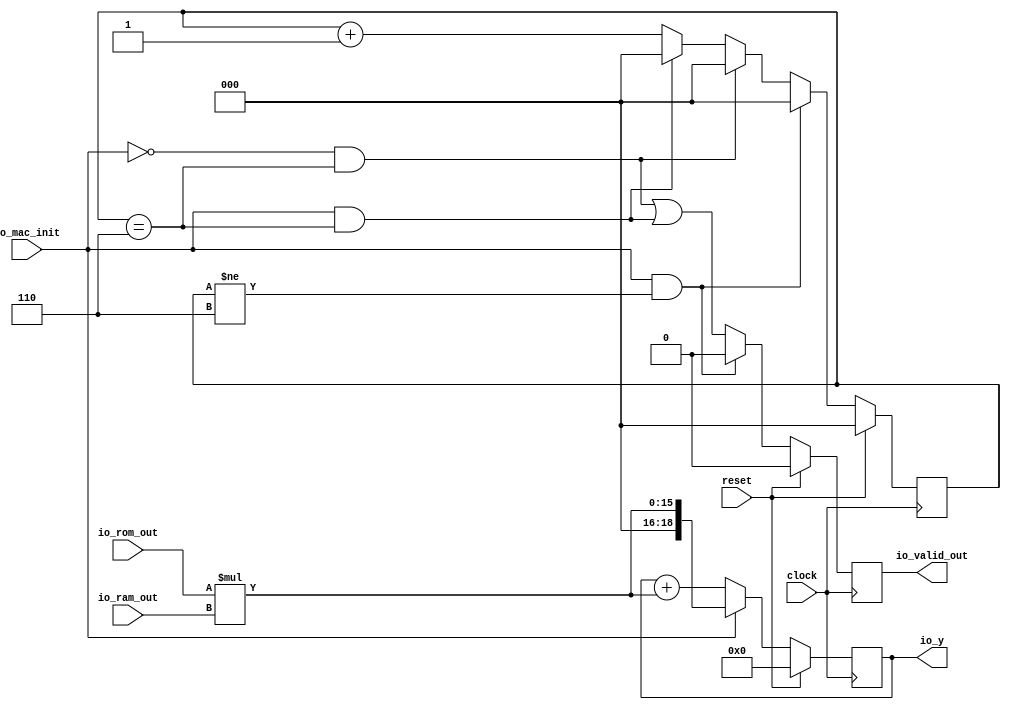
module mac(
  input         clock,
  input         reset,
  input         io_mac_init,
  input  [7:0]  io_rom_out,
  input  [7:0]  io_ram_out,
  output [18:0] io_y,
  output        io_valid_out
);
  reg [2:0] counter; // @[mac.scala 16:24]
  reg [18:0] yt; // @[mac.scala 18:19]
  reg  valid_outt; // @[mac.scala 19:27]
  wire [15:0] _yt_T = io_rom_out * io_ram_out; // @[mac.scala 22:60]
  wire [18:0] _yt_T_1 = {3'h0,_yt_T}; // @[Cat.scala 33:92]
  wire [18:0] _GEN_7 = {{3'd0}, _yt_T}; // @[mac.scala 23:24]
  wire [18:0] _yt_T_4 = yt + _GEN_7; // @[mac.scala 23:24]
  wire  _T_5 = counter == 3'h6; // @[mac.scala 26:45]
  wire  _T_9 = io_mac_init & _T_5; // @[mac.scala 27:34]
  wire [2:0] _counter_T_1 = counter + 3'h1; // @[mac.scala 28:35]
  wire  _GEN_4 = ~io_mac_init & counter == 3'h6 | _T_9; // @[mac.scala 26:{54,83}]
  assign io_y = yt; // @[mac.scala 20:8]
  assign io_valid_out = valid_outt; // @[mac.scala 21:16]
  always @(posedge clock) begin
    if (reset) begin // @[mac.scala 16:24]
      counter <= 3'h0; // @[mac.scala 16:24]
    end else if (io_mac_init & counter != 3'h6) begin // @[mac.scala 25:49]
      counter <= 3'h0; // @[mac.scala 25:59]
    end else if (~io_mac_init & counter == 3'h6) begin // @[mac.scala 26:54]
      counter <= 3'h0; // @[mac.scala 26:64]
    end else if (io_mac_init & _T_5) begin // @[mac.scala 27:54]
      counter <= 3'h0; // @[mac.scala 27:64]
    end else begin
      counter <= _counter_T_1; // @[mac.scala 28:24]
    end
    if (reset) begin // @[mac.scala 18:19]
      yt <= 19'h0; // @[mac.scala 18:19]
    end else if (io_mac_init) begin // @[mac.scala 22:30]
      yt <= _yt_T_1; // @[mac.scala 22:34]
    end else begin
      yt <= _yt_T_4; // @[mac.scala 23:18]
    end
    if (reset) begin // @[mac.scala 19:27]
      valid_outt <= 1'h0; // @[mac.scala 19:27]
    end else if (io_mac_init & counter != 3'h6) begin // @[mac.scala 25:49]
      valid_outt <= 1'h0; // @[mac.scala 25:78]
    end else begin
      valid_outt <= _GEN_4;
    end
  end
endmodule
module control(
  input        clock,
  input        reset,
  input        io_valid_in,
  output [2:0] io_rom_address,
  output [2:0] io_ram_address,
  output       io_mac_init,
  output       io_we,
  output       io_en
);
  reg [2:0] counter; // @[control.scala 17:24]
  reg  ent; // @[control.scala 19:20]
  reg  wet; // @[control.scala 20:20]
  reg  mac_initt; // @[control.scala 21:26]
  reg [2:0] rom_addresst; // @[control.scala 22:29]
  reg [2:0] ram_addresst; // @[control.scala 23:29]
  wire  _T = counter == 3'h0; // @[control.scala 31:16]
  wire [2:0] _counter_T_1 = counter + 3'h1; // @[control.scala 37:24]
  wire  _GEN_0 = counter != 3'h0 | ent; // @[control.scala 19:20 42:31 43:9]
  wire  _GEN_1 = counter != 3'h0 | wet; // @[control.scala 20:20 42:31 44:9]
  wire  _GEN_2 = counter != 3'h0 ? 1'h0 : mac_initt; // @[control.scala 42:31 45:15 21:26]
  wire  _GEN_6 = _T & ~io_valid_in ? 1'h0 : _GEN_0; // @[control.scala 38:54 39:9]
  wire  _GEN_7 = _T & ~io_valid_in ? 1'h0 : _GEN_1; // @[control.scala 38:54 40:9]
  wire  _GEN_8 = _T & ~io_valid_in | _GEN_2; // @[control.scala 38:54 41:15]
  wire  _GEN_12 = counter == 3'h0 & io_valid_in | _GEN_6; // @[control.scala 31:48 32:9]
  wire  _GEN_13 = counter == 3'h0 & io_valid_in | _GEN_7; // @[control.scala 31:48 33:9]
  wire  _GEN_14 = counter == 3'h0 & io_valid_in | _GEN_8; // @[control.scala 31:48 34:15]
  assign io_rom_address = rom_addresst; // @[control.scala 28:18]
  assign io_ram_address = ram_addresst; // @[control.scala 29:18]
  assign io_mac_init = mac_initt; // @[control.scala 27:15]
  assign io_we = wet; // @[control.scala 26:9]
  assign io_en = ent; // @[control.scala 25:9]
  always @(posedge clock) begin
    if (reset) begin // @[control.scala 17:24]
      counter <= 3'h0; // @[control.scala 17:24]
    end else if (counter == 3'h0 & io_valid_in) begin // @[control.scala 31:48]
      counter <= _counter_T_1; // @[control.scala 37:13]
    end else if (!(_T & ~io_valid_in)) begin // @[control.scala 38:54]
      if (counter != 3'h0) begin // @[control.scala 42:31]
        counter <= _counter_T_1; // @[control.scala 48:13]
      end
    end
    if (reset) begin // @[control.scala 19:20]
      ent <= 1'h0; // @[control.scala 19:20]
    end else begin
      ent <= _GEN_12;
    end
    if (reset) begin // @[control.scala 20:20]
      wet <= 1'h0; // @[control.scala 20:20]
    end else begin
      wet <= _GEN_13;
    end
    if (reset) begin // @[control.scala 21:26]
      mac_initt <= 1'h0; // @[control.scala 21:26]
    end else begin
      mac_initt <= _GEN_14;
    end
    if (reset) begin // @[control.scala 22:29]
      rom_addresst <= 3'h0; // @[control.scala 22:29]
    end else if (counter == 3'h0 & io_valid_in) begin // @[control.scala 31:48]
      rom_addresst <= counter; // @[control.scala 35:18]
    end else if (!(_T & ~io_valid_in)) begin // @[control.scala 38:54]
      if (counter != 3'h0) begin // @[control.scala 42:31]
        rom_addresst <= counter; // @[control.scala 46:18]
      end
    end
    if (reset) begin // @[control.scala 23:29]
      ram_addresst <= 3'h0; // @[control.scala 23:29]
    end else if (counter == 3'h0 & io_valid_in) begin // @[control.scala 31:48]
      ram_addresst <= counter; // @[control.scala 36:18]
    end else if (!(_T & ~io_valid_in)) begin // @[control.scala 38:54]
      if (counter != 3'h0) begin // @[control.scala 42:31]
        ram_addresst <= counter; // @[control.scala 47:18]
      end
    end
  end
endmodule
module ram(
  input        clock,
  input        reset,
  input        io_we,
  input        io_en,
  input  [2:0] io_addr,
  input  [7:0] io_di,
  output [7:0] io_dio
);
  reg [7:0] ram_0; // @[ram.scala 17:20]
  reg [7:0] ram_1; // @[ram.scala 17:20]
  reg [7:0] ram_2; // @[ram.scala 17:20]
  reg [7:0] ram_3; // @[ram.scala 17:20]
  reg [7:0] ram_4; // @[ram.scala 17:20]
  reg [7:0] ram_5; // @[ram.scala 17:20]
  reg [7:0] ram_6; // @[ram.scala 17:20]
  reg [7:0] ram_7; // @[ram.scala 17:20]
  reg [7:0] diot; // @[ram.scala 18:21]
  wire [7:0] _GEN_1 = 3'h1 == io_addr ? ram_1 : ram_0; // @[ram.scala 25:{23,23}]
  wire [7:0] _GEN_2 = 3'h2 == io_addr ? ram_2 : _GEN_1; // @[ram.scala 25:{23,23}]
  wire [7:0] _GEN_3 = 3'h3 == io_addr ? ram_3 : _GEN_2; // @[ram.scala 25:{23,23}]
  wire [7:0] _GEN_4 = 3'h4 == io_addr ? ram_4 : _GEN_3; // @[ram.scala 25:{23,23}]
  wire [7:0] _GEN_5 = 3'h5 == io_addr ? ram_5 : _GEN_4; // @[ram.scala 25:{23,23}]
  wire [7:0] _GEN_6 = 3'h6 == io_addr ? ram_6 : _GEN_5; // @[ram.scala 25:{23,23}]
  assign io_dio = diot; // @[ram.scala 20:10]
  always @(posedge clock) begin
    if (reset) begin // @[ram.scala 17:20]
      ram_0 <= 8'h0; // @[ram.scala 17:20]
    end else if (io_en) begin // @[ram.scala 21:23]
      if (io_we) begin // @[ram.scala 22:25]
        ram_0 <= io_di; // @[ram.scala 24:14]
      end
    end
    if (reset) begin // @[ram.scala 17:20]
      ram_1 <= 8'h0; // @[ram.scala 17:20]
    end else if (io_en) begin // @[ram.scala 21:23]
      if (io_we) begin // @[ram.scala 22:25]
        ram_1 <= ram_0; // @[ram.scala 23:34]
      end
    end
    if (reset) begin // @[ram.scala 17:20]
      ram_2 <= 8'h0; // @[ram.scala 17:20]
    end else if (io_en) begin // @[ram.scala 21:23]
      if (io_we) begin // @[ram.scala 22:25]
        ram_2 <= ram_1; // @[ram.scala 23:34]
      end
    end
    if (reset) begin // @[ram.scala 17:20]
      ram_3 <= 8'h0; // @[ram.scala 17:20]
    end else if (io_en) begin // @[ram.scala 21:23]
      if (io_we) begin // @[ram.scala 22:25]
        ram_3 <= ram_2; // @[ram.scala 23:34]
      end
    end
    if (reset) begin // @[ram.scala 17:20]
      ram_4 <= 8'h0; // @[ram.scala 17:20]
    end else if (io_en) begin // @[ram.scala 21:23]
      if (io_we) begin // @[ram.scala 22:25]
        ram_4 <= ram_3; // @[ram.scala 23:34]
      end
    end
    if (reset) begin // @[ram.scala 17:20]
      ram_5 <= 8'h0; // @[ram.scala 17:20]
    end else if (io_en) begin // @[ram.scala 21:23]
      if (io_we) begin // @[ram.scala 22:25]
        ram_5 <= ram_4; // @[ram.scala 23:34]
      end
    end
    if (reset) begin // @[ram.scala 17:20]
      ram_6 <= 8'h0; // @[ram.scala 17:20]
    end else if (io_en) begin // @[ram.scala 21:23]
      if (io_we) begin // @[ram.scala 22:25]
        ram_6 <= ram_5; // @[ram.scala 23:34]
      end
    end
    if (reset) begin // @[ram.scala 17:20]
      ram_7 <= 8'h0; // @[ram.scala 17:20]
    end else if (io_en) begin // @[ram.scala 21:23]
      if (io_we) begin // @[ram.scala 22:25]
        ram_7 <= ram_6; // @[ram.scala 23:34]
      end
    end
    if (reset) begin // @[ram.scala 18:21]
      diot <= 8'h0; // @[ram.scala 18:21]
    end else if (io_en) begin // @[ram.scala 21:23]
      if (io_we) begin // @[ram.scala 22:25]
        diot <= io_di; // @[ram.scala 24:29]
      end else if (3'h7 == io_addr) begin // @[ram.scala 25:23]
        diot <= ram_7; // @[ram.scala 25:23]
      end else begin
        diot <= _GEN_6;
      end
    end else begin
      diot <= 8'h0; // @[ram.scala 26:21]
    end
  end
endmodule
module rom(
  input        clock,
  input        reset,
  input        io_en,
  input  [2:0] io_addr,
  output [7:0] io_rom_out
);
  reg [7:0] romt; // @[rom.scala 26:21]
  wire [7:0] _GEN_1 = 3'h1 == io_addr ? 8'h7 : 8'h8; // @[rom.scala 29:{29,29}]
  wire [7:0] _GEN_2 = 3'h2 == io_addr ? 8'h6 : _GEN_1; // @[rom.scala 29:{29,29}]
  wire [7:0] _GEN_3 = 3'h3 == io_addr ? 8'h5 : _GEN_2; // @[rom.scala 29:{29,29}]
  wire [7:0] _GEN_4 = 3'h4 == io_addr ? 8'h4 : _GEN_3; // @[rom.scala 29:{29,29}]
  wire [7:0] _GEN_5 = 3'h5 == io_addr ? 8'h3 : _GEN_4; // @[rom.scala 29:{29,29}]
  assign io_rom_out = romt; // @[rom.scala 27:14]
  always @(posedge clock) begin
    if (reset) begin // @[rom.scala 26:21]
      romt <= 8'h0; // @[rom.scala 26:21]
    end else if (io_en) begin // @[rom.scala 29:23]
      if (3'h7 == io_addr) begin // @[rom.scala 29:29]
        romt <= 8'h1; // @[rom.scala 29:29]
      end else if (3'h6 == io_addr) begin // @[rom.scala 29:29]
        romt <= 8'h2; // @[rom.scala 29:29]
      end else begin
        romt <= _GEN_5;
      end
    end else begin
      romt <= 8'h0; // @[rom.scala 30:19]
    end
  end
endmodule
module fir(
  input         clock,
  input         reset,
  input         io_valid_in,
  input  [7:0]  io_x,
  output [18:0] io_y,
  output        io_valid_out
);
  wire  mac_clock; // @[fir.scala 20:19]
  wire  mac_reset; // @[fir.scala 20:19]
  wire  mac_io_mac_init; // @[fir.scala 20:19]
  wire [7:0] mac_io_rom_out; // @[fir.scala 20:19]
  wire [7:0] mac_io_ram_out; // @[fir.scala 20:19]
  wire [18:0] mac_io_y; // @[fir.scala 20:19]
  wire  mac_io_valid_out; // @[fir.scala 20:19]
  wire  control_clock; // @[fir.scala 21:23]
  wire  control_reset; // @[fir.scala 21:23]
  wire  control_io_valid_in; // @[fir.scala 21:23]
  wire [2:0] control_io_rom_address; // @[fir.scala 21:23]
  wire [2:0] control_io_ram_address; // @[fir.scala 21:23]
  wire  control_io_mac_init; // @[fir.scala 21:23]
  wire  control_io_we; // @[fir.scala 21:23]
  wire  control_io_en; // @[fir.scala 21:23]
  wire  ram_clock; // @[fir.scala 22:19]
  wire  ram_reset; // @[fir.scala 22:19]
  wire  ram_io_we; // @[fir.scala 22:19]
  wire  ram_io_en; // @[fir.scala 22:19]
  wire [2:0] ram_io_addr; // @[fir.scala 22:19]
  wire [7:0] ram_io_di; // @[fir.scala 22:19]
  wire [7:0] ram_io_dio; // @[fir.scala 22:19]
  wire  rom_clock; // @[fir.scala 23:19]
  wire  rom_reset; // @[fir.scala 23:19]
  wire  rom_io_en; // @[fir.scala 23:19]
  wire [2:0] rom_io_addr; // @[fir.scala 23:19]
  wire [7:0] rom_io_rom_out; // @[fir.scala 23:19]
  reg  mac_init_control_unit; // @[fir.scala 33:33]
  reg [7:0] xt; // @[fir.scala 36:19]
  mac mac ( // @[fir.scala 20:19]
    .clock(mac_clock),
    .reset(mac_reset),
    .io_mac_init(mac_io_mac_init),
    .io_rom_out(mac_io_rom_out),
    .io_ram_out(mac_io_ram_out),
    .io_y(mac_io_y),
    .io_valid_out(mac_io_valid_out)
  );
  control control ( // @[fir.scala 21:23]
    .clock(control_clock),
    .reset(control_reset),
    .io_valid_in(control_io_valid_in),
    .io_rom_address(control_io_rom_address),
    .io_ram_address(control_io_ram_address),
    .io_mac_init(control_io_mac_init),
    .io_we(control_io_we),
    .io_en(control_io_en)
  );
  ram ram ( // @[fir.scala 22:19]
    .clock(ram_clock),
    .reset(ram_reset),
    .io_we(ram_io_we),
    .io_en(ram_io_en),
    .io_addr(ram_io_addr),
    .io_di(ram_io_di),
    .io_dio(ram_io_dio)
  );
  rom rom ( // @[fir.scala 23:19]
    .clock(rom_clock),
    .reset(rom_reset),
    .io_en(rom_io_en),
    .io_addr(rom_io_addr),
    .io_rom_out(rom_io_rom_out)
  );
  assign io_y = mac_io_y; // @[fir.scala 51:12]
  assign io_valid_out = mac_io_valid_out; // @[fir.scala 51:38]
  assign mac_clock = clock;
  assign mac_reset = reset;
  assign mac_io_mac_init = mac_init_control_unit; // @[fir.scala 34:25 38:16]
  assign mac_io_rom_out = rom_io_rom_out; // @[fir.scala 29:24 45:89]
  assign mac_io_ram_out = ram_io_dio; // @[fir.scala 28:24 48:31]
  assign control_clock = clock;
  assign control_reset = reset;
  assign control_io_valid_in = io_valid_in; // @[fir.scala 41:22]
  assign ram_clock = clock;
  assign ram_reset = reset;
  assign ram_io_we = control_io_we; // @[fir.scala 31:28 43:61]
  assign ram_io_en = control_io_en; // @[fir.scala 30:28 43:94]
  assign ram_io_addr = control_io_ram_address; // @[fir.scala 27:37 42:25]
  assign ram_io_di = xt; // @[fir.scala 48:13]
  assign rom_clock = clock;
  assign rom_reset = reset;
  assign rom_io_en = control_io_en; // @[fir.scala 30:28 43:94]
  assign rom_io_addr = control_io_rom_address; // @[fir.scala 26:38 41:60]
  always @(posedge clock) begin
    mac_init_control_unit <= control_io_mac_init; // @[fir.scala 43:22]
    if (reset) begin // @[fir.scala 36:19]
      xt <= 8'h0; // @[fir.scala 36:19]
    end else begin
      xt <= io_x;
    end
  end
endmodule